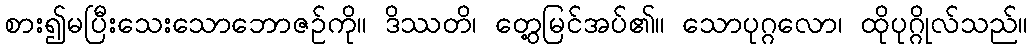
စား၍မပြီးသေးသောဘောဇဉ်ကို။ ဒိဿတိ၊ တွေ့မြင်အပ်၏။ သောပုဂ္ဂလော၊ ထိုပုဂ္ဂိုလ်သည်။